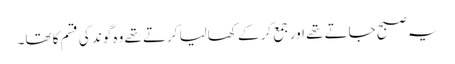
یہ صبح جاتے تھے اور جمع کر کے کھالیا کرتے تھے وہ گوند کی قسم کا تھا۔